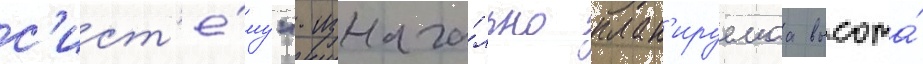
с'ист'е́му". изнача́льно план'ируемаа высота́